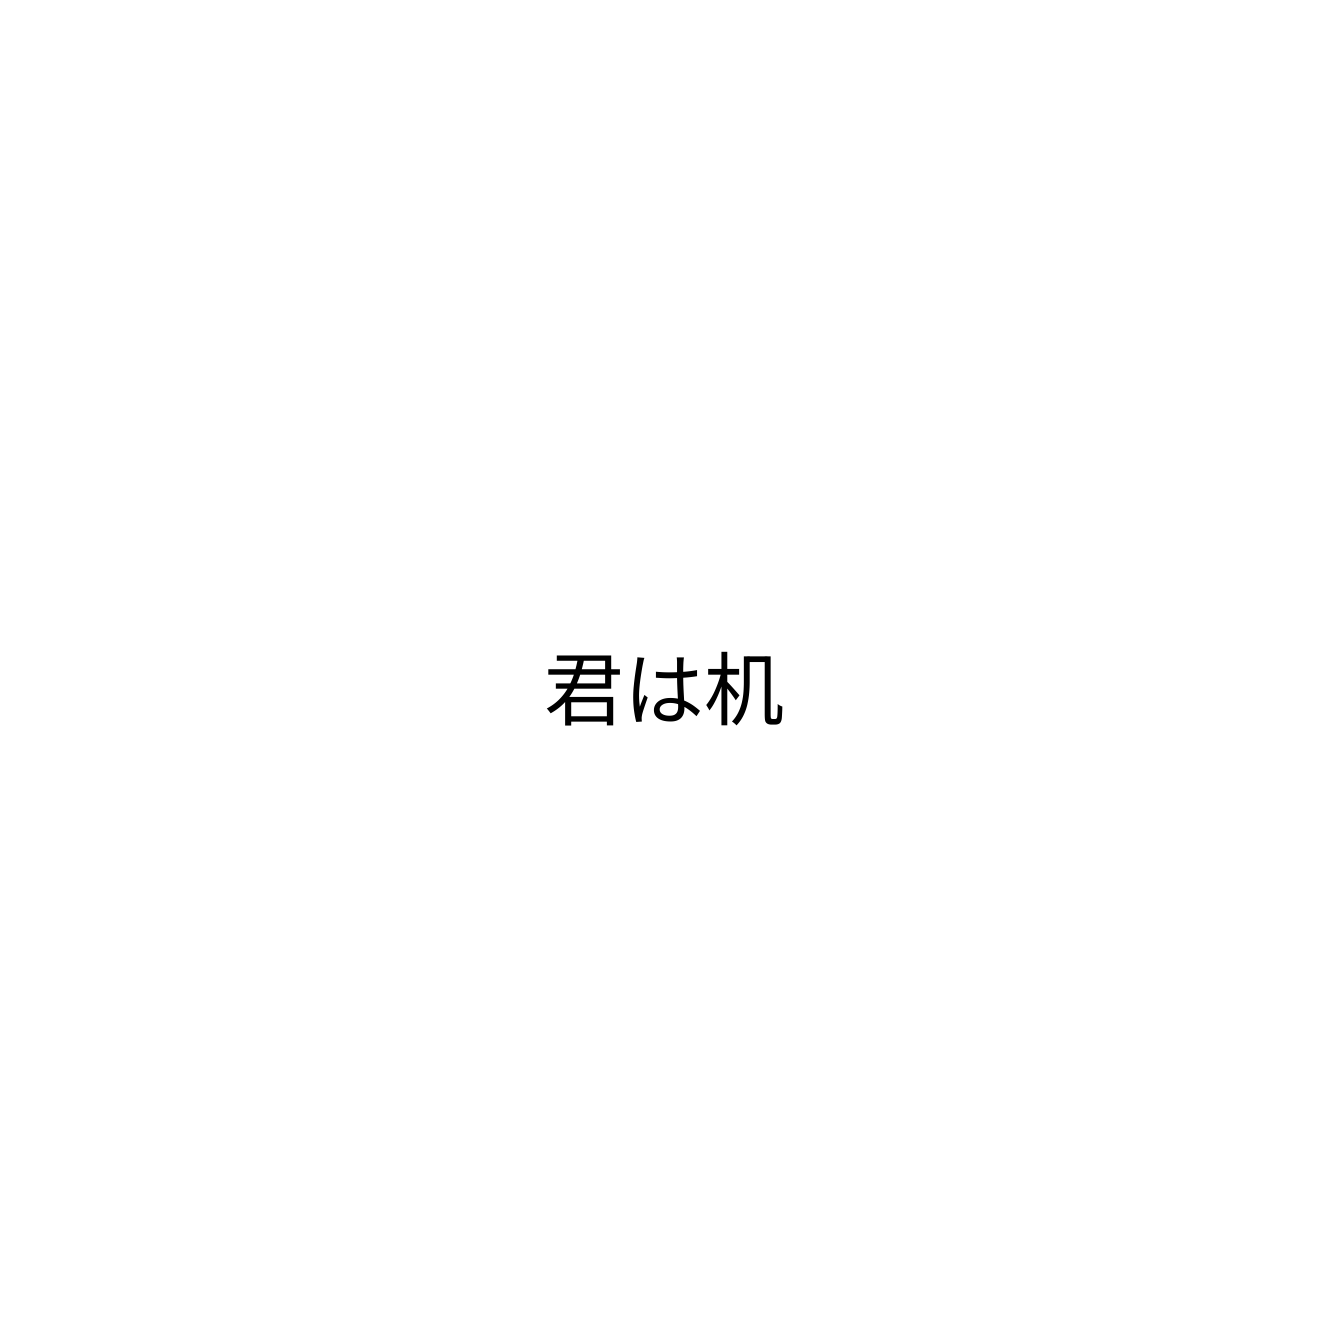
君は机